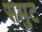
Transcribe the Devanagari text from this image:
समुट